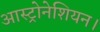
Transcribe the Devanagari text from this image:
आस्ट्रोनेशियन।